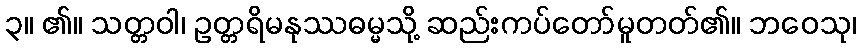
၃။ ၏။ သတ္တဝါ၊ ဥတ္တရိမနုဿဓမ္မသို့ ဆည်းကပ်တော်မူတတ်၏။ ဘဝေသု၊